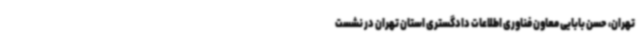
تهران، حسن بابایی معاون فناوری اطلاعات دادگستری استان تهران در نشست